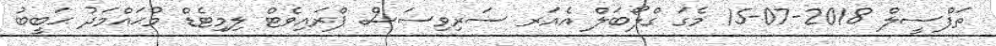
ތަފްސީލް 2018-07-15 މެގަ ގްލޯބަލް އެއަރ ސަރިވިސަސް ޕްރައިވެޓް ލިމިޓެޑް މުޙައްމަދު ޙަބީބު